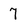
Character: 7